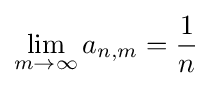
\lim _{m\to \infty }a_{n,m}={\frac {1}{n}}